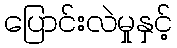
ပြောင်းလဲမှုနှင့်